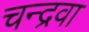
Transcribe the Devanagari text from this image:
चन्द्रवा